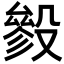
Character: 𣪶